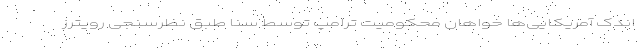
اندک آمریکایی‌ها خواهان محکومیت ترامپ توسط سنا طبق نظرسنجی رویترز